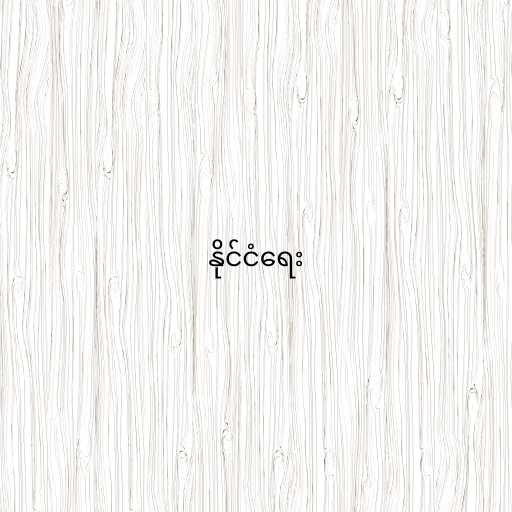
နိုင်ငံရေး